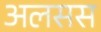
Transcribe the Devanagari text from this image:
अलसस